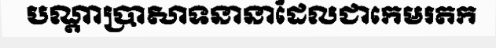
បណ្តាប្រាសាទនានាដែលជាកេមរតក